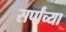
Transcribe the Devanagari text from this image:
सर्पांच्या